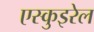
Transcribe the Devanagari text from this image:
एस्कुइरेल